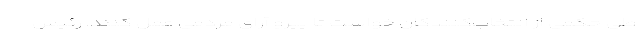
طی حکمی از انتخاب‌کنندگان خواست تا پیرو آرای مردمی عمل کنند. رئیس